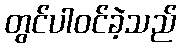
တွင်ပါဝင်ခဲ့သည်